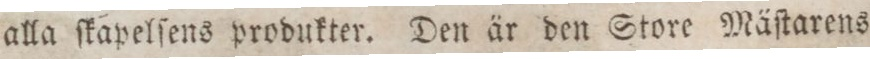
alla ſkapelſens produkter. Den är den Store Mäſtarens